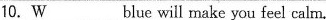
10.\underline{W} blue will make you feel calm.